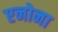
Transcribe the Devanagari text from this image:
एनोना